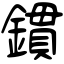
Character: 鏆